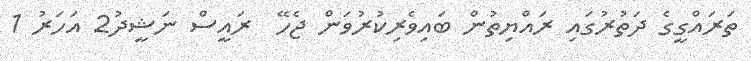
ތަރައްގީގެ ދަތުރުގައި ރައްޔިތުން ބައިވެރިކުރުވަން ޖެހޭ  ރައީސް ނަޝީދު2 އަހަރު 1